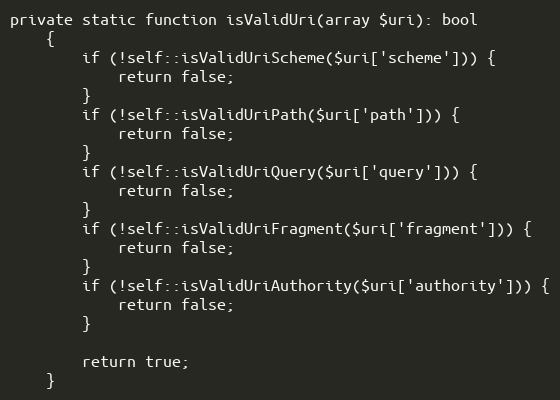
Language: PHP
private static function isValidUri(array $uri): bool
    {
        if (!self::isValidUriScheme($uri['scheme'])) {
            return false;
        }
        if (!self::isValidUriPath($uri['path'])) {
            return false;
        }
        if (!self::isValidUriQuery($uri['query'])) {
            return false;
        }
        if (!self::isValidUriFragment($uri['fragment'])) {
            return false;
        }
        if (!self::isValidUriAuthority($uri['authority'])) {
            return false;
        }

        return true;
    }